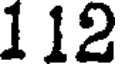
1 12